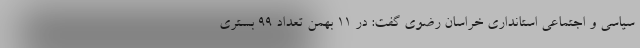
سیاسی و اجتماعی استانداری خراسان رضوی گفت: در ۱۱ بهمن تعداد ۹۹ بستری